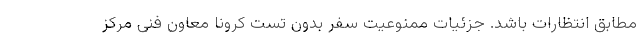
مطابق انتظارات باشد. جزئیات ممنوعیت سفر بدون تست کرونا معاون فنی مرکز